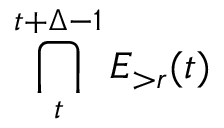
\bigcap _ { t } ^ { t + \Delta - 1 } E _ { > r } ( t )